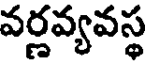
వర్ణవ్యవస్థ